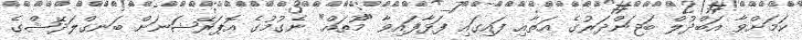
ކަމަށްވާ އަބްދުލް ބަޖަންދަރުގެ އަތާއި ފައިގައި ފަޅާފައިވާ "މޫތައް" ނެގުމުގެ އޮޕަރޭޝަނަށް ބަނގްލަދޭޝްގެ